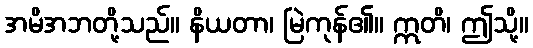
အမိအဘတို့သည်။ နိယတာ၊ မြဲကုန်၏။ ဣတိ၊ ဤသို့။